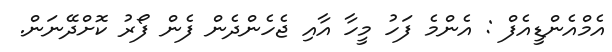
އެމްއެންޑީއެފް : އެންމެ ފަހު މީހާ އާއި ޖެހެންދެން ފެން ފޯރު ކޮށްދޭނަން.